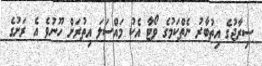
ސިރާޖުގެ އިތުބާރު ނެތްކަމުގެ ވޯޓާ އެކު މައްސަލަ އިތުރަށް ހޫނުވެ އެ ރަށުގެ